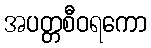
အပတ္တစီဝရကော